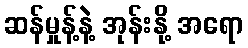
ဆန်မှုန့်နဲ့ အုန်းနို့ အရော